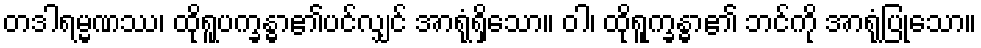
တဒါရမ္မဏဿ၊ ထိုရူပက္ခန္ဓာ၏ပင်လျှင် အာရုံရှိသော။ ဝါ၊ ထိုရူက္ခန္ဓာ၏ ဘင်ကို အာရုံပြုသော။